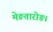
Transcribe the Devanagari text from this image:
मेङतारोङ।